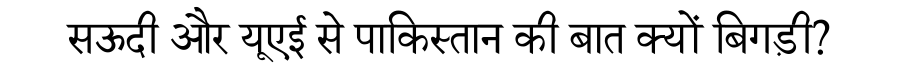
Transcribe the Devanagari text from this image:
सऊदी और यूएई से पाकिस्तान की बात क्यों बिगड़ी?